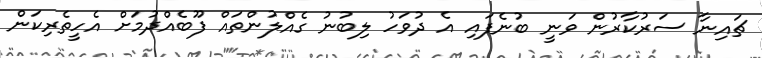
ޗައިނާ ސަރުކާރުން ވަނީ ބުނެފައި އެ ދުވަހު ލިބުނު ގެއްލުންތައް ފޫބެއްދުމަށް އެހީތެރިކަން